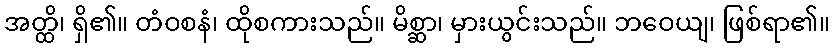
အတ္ထိ၊ ရှိ၏။ တံဝစနံ၊ ထိုစကားသည်။ မိစ္ဆာ၊ မှားယွင်းသည်။ ဘဝေယျ၊ ဖြစ်ရာ၏။